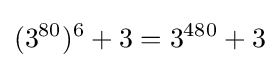
(3^{80})^{6}+3=3^{480}+3